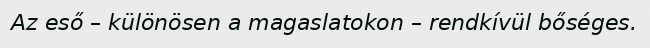
Az eső – különösen a magaslatokon – rendkívül bőséges.